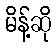
မိန့်ဆို